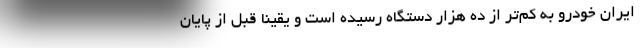
ایران خودرو به کم‌تر از ده هزار دستگاه رسیده است و یقینا قبل از پایان